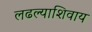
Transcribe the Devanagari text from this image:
लढल्याशिवाय